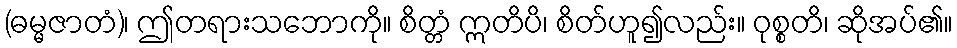
(ဓမ္မဇာတံ)၊ ဤတရားသဘောကို။ စိတ္တံ ဣတိပိ၊ စိတ်ဟူ၍လည်း။ ဝုစ္စတိ၊ ဆိုအပ်၏။